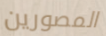
المصورين